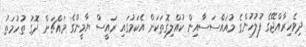
ދިވެހިރާއްޖޭގެ ފުލުހުންގެ މުއައްސަސާއިން ކުއްލިގޮތަކަށް އެކަމުގައި ރައީސް ޔާމީންގެ މައްޗަށް ދޮގު ތުހުމަތު